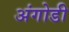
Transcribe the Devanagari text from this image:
अंगोडी